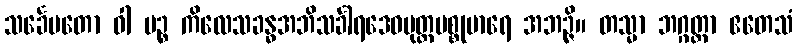
သင်္ခေပတော ဝါ ပဉ္စ ကိလေသခန္ဓအဘိသင်္ခါရဒေဝပုတ္တမစ္စုမာရေ အဘဉ္ဇိ။ တသ္မာ ဘဂ္ဂတ္တာ ဧတေသံ